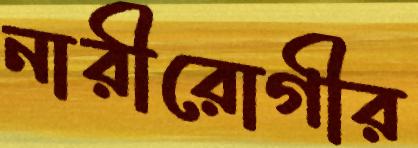
নারীরোগীর